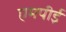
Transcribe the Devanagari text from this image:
एमपीई